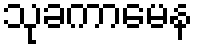
သုခကာမေန